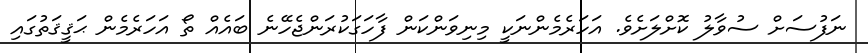
ނަފުސަށް ސުވާލު ކޮށްލަށެވެ. އަހަރެމެންނަކީ މިނިވަންކަން ފާހަގަކުރަންޖެހޭނެ ބައެއް ތޯ އަހަރެމެން ޙަޤީޤަތުގައި